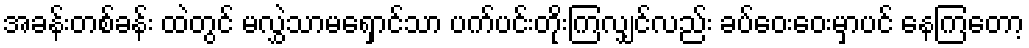
အခန်းတစ်ခန်း ထဲတွင် မလွှဲသာမရှောင်သာ ပက်ပင်းတိုးကြလျှင်လည်း ခပ်ဝေးဝေးမှာပင် နေကြတော့